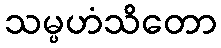
သမ္ပဟံသိတော